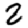
Digit: 2